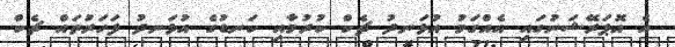
އެ އޮޕަރޭޝަނުގައި އެއްގަމު އުޅަނދު ޗެކް ކުރުމާއި ކަނޑުގެ އުޅަނދު ފަހަރުތައް ޗެކް